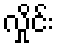
လှိုင်း